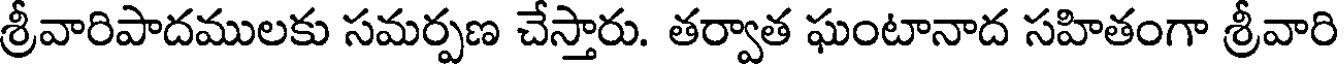
శ్రీవారిపాదములకు సమర్పణ చేస్తారు. తర్వాత ఘంటానాద సహితంగా శ్రీవారి